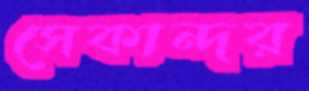
সেকান্দর